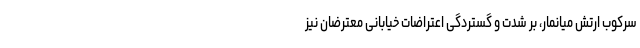
سرکوب ارتش میانمار، بر شدت و گستردگی اعتراضات خیابانی معترضان نیز